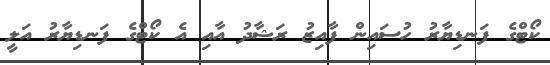
ކޯޓްގެ ފަނޑިޔާރު ހުސައިން ފާއިޒު ރަޝާދު އާއި އެ ކޯޓްގެ ފަނޑިޔާރު އަލީ